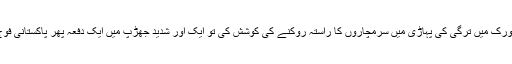
داعش اور فوج نے دوسرے راستوں سے ہوتے ہوئے جھاؤ کورک میں ترگی کی پہاڑی میں سرمچاروں کا راستہ روکنے کی کوشش کی تو ایک اور شدید جھڑپ میں ایک دفعہ پھر پاکستانی فوج اور اُس کے پالے ہوئے داعش کو شکست کا سامنا کرنا پڑا۔